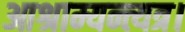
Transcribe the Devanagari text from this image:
आश्राम्यन्त्यत्र।